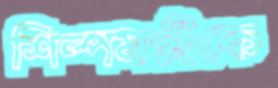
শিল্পমন্ত্রীকে